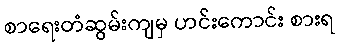
စာရေးတံဆွမ်းကျမှ ဟင်းကောင်း စားရ